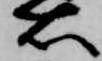
右